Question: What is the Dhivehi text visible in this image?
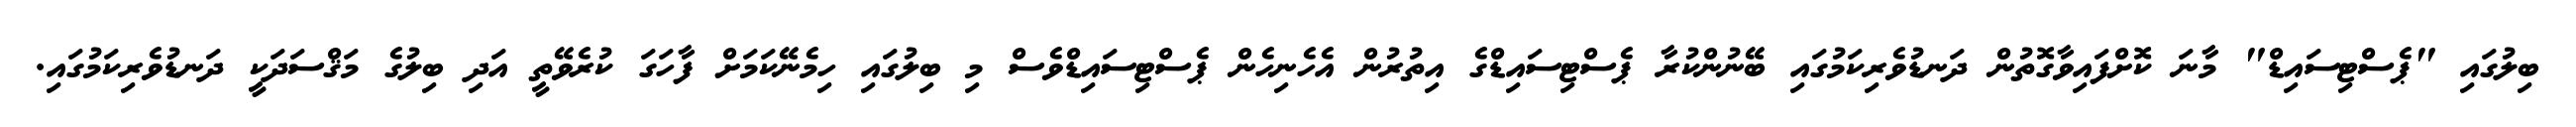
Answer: ބިލުގައި "ޕެސްޓިސައިޑް" މާނަ ކޮށްފައިވާގޮތުން ދަނޑުވެރިކަމުގައި ބޭނުންކުރާ ޕެސްޓިސައިޑްގެ އިތުރުން އެހެނިހެން ޕެސްޓިސައިޑްވެސް މި ބިލުގައި ހިމެނޭކަމަށް ފާހަގަ ކުރެވޭތީ އަދި ބިލުގެ މަޤްސަދަކީ ދަނޑުވެރިކަމުގައި.